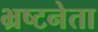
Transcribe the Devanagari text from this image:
भ्रष्टनेता